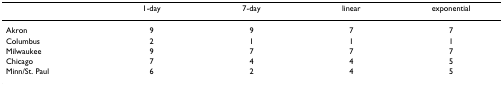
|  | 1-day | 7-day | linear | exponential |
 | --- | --- | --- | --- | --- |
 | Akron | 9 | 9 | 7 | 7 |
 | Columbus | 2 | 1 | 1 | 1 |
 | Milwaukee | 9 | 7 | 7 | 7 |
 | Chicago | 7 | 4 | 4 | 5 |
 | Minn/St. Paul | 6 | 2 | 4 | 5 |